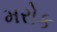
મરોક